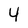
Character: 4